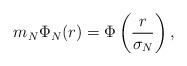
LaTeX: \begin{align*} {m_N}\Phi_N(r) = \Phi\left( \frac{r}{\sigma_N}\right),\end{align*}